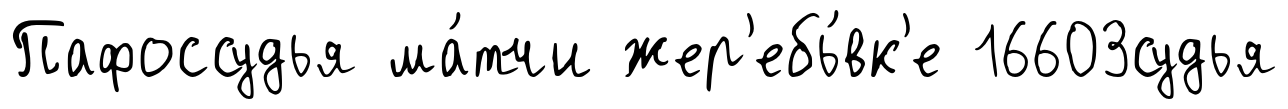
Пафоссудья ма́тчи жер'ебь́вк'е 16603судья